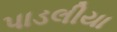
પાડલીયા